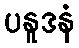
ပနူဒနံ